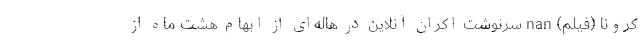
کرونا (فیلم) nan سرنوشت اکران آنلاین در هاله‌ای از ابهام هشت ماه از